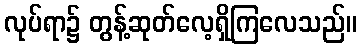
လုပ်ရာ၌ တွန့်ဆုတ်လေ့ရှိကြလေသည်။